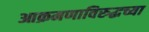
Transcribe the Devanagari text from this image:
आक्रमणाविरुद्धच्या